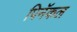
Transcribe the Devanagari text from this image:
पिनॅकल